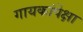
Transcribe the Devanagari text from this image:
गायकांपेक्षा